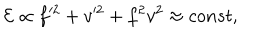
LaTeX: { \cal E } \propto f ^ { 2 } + v ^ { 2 } + f ^ { 2 } v ^ { 2 } \approx c o n s t ,